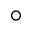
\circ